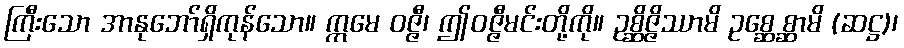
ကြီးသော အာနုဘော်ရှိကုန်သော။ ဣမေ ဝဇ္ဇီ၊ ဤဝဇ္ဇီမင်းတို့ကို။ ဥစ္ဆိဇ္ဇိဿာမိ ဥစ္ဆေစ္ဆာမိ (ဆဋ္ဌ)၊